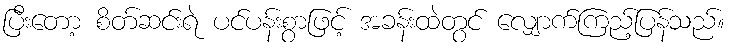
ပြီးတော့ စိတ်ဆင်းရဲ ပင်ပန်းစွာဖြင့် အခန်းထဲတွင် လျှောက်ကြည့်ပြန်သည်။